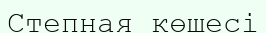
Степная көшесі